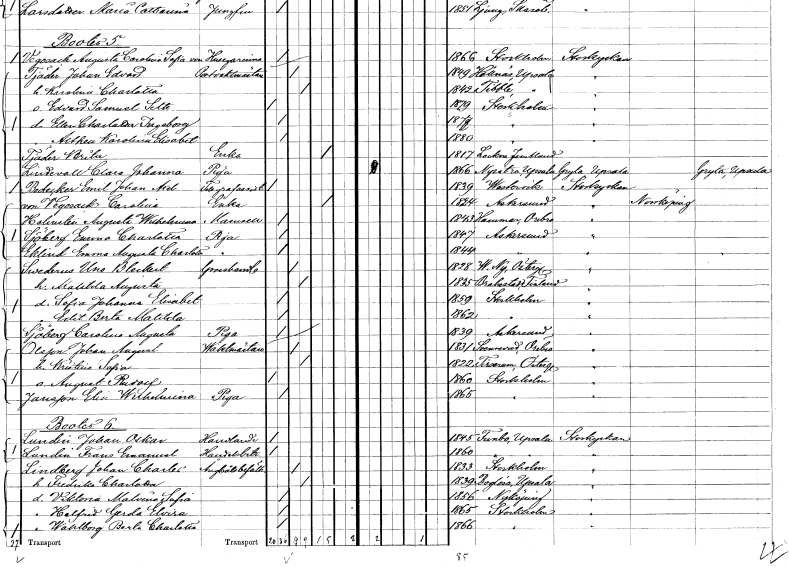
gt_parse: households: individuals: FN: Althea Karolina Elisabet
KON: K
CIV: O
FODAR: 1880
FODFORS: Stockholm
FN: Brita
EN: Tjäder
YRKE: Änka
KON: K
CIV: E
FODAR: 1817
FODFORS: Lockne Jämtlands län
FN: Clara Johanna
EN: Lindevall
YRKE: Piga
KON: K
CIV: O
FODAR: 1866
FODFORS: Nysätra Uppsala län
FN: Emil Johan Axel
EN: Bodecker
YRKE: Telegrafassistent
KON: M
CIV: O
FODAR: 1839
FODFORS: Västervik Kalmar län
FN: Carolina
EN: von Vegesack
YRKE: Änka
KON: K
CIV: E
FODAR: 1824
FODFORS: Askersund Örebro län
FN: Augusta Wilhelmina
EN: Holmsten
KON: K
CIV: O
FODAR: 1843
FODFORS: Hammar Örebro län
FN: Emma Charlotta
EN: Sjöberg
YRKE: Piga
KON: K
CIV: O
FODAR: 1847
FODFORS: Askersund Örebro län
FN: Emma Augusta Charlotta
EN: Eklind
YRKE: Piga
KON: K
CIV: O
FODAR: 1844
FODFORS: Askersund Örebro län
FN: Uno Bleckert
EN: Swederus
YRKE: Grosshandlare
KON: M
CIV: G
FODAR: 1828
FODFORS: Västra Ny Östergötlands län
FN: Matilda Augusta
KON: K
CIV: G
FODAR: 1835
FN: Sofia Johanna Elisabet
KON: K
CIV: O
FODAR: 1859
FODFORS: Stockholm
FN: Edit Berta Matilda
KON: K
CIV: O
FODAR: 1862
FODFORS: Stockholm
FN: Carolina Augusta
EN: Sjöberg
YRKE: Piga
KON: K
CIV: O
FODAR: 1839
FODFORS: Askersund Örebro län
FN: Johan August
EN: Olsson
YRKE: Vaktmästare
KON: M
CIV: G
FODAR: 1831
FODFORS: Svennevad Örebro län
FN: Kristina Sofia
KON: K
CIV: G
FODAR: 1822
FODFORS: Tirserum Östergötlands län
FN: August Rudolf
KON: M
CIV: O
FODAR: 1860
FODFORS: Stockholm
FN: Elin Wilhelmina
EN: Jansson
YRKE: Piga
KON: K
CIV: O
FODAR: 1865
FODFORS: Stockholm
FN: Johan Oskar
EN: Lundin
YRKE: Handlande
KON: M
CIV: O
FODAR: 1845
FODFORS: Funbo Uppsala län
FN: Frans Emanuel
EN: Lundin
YRKE: Handelsbiträde
KON: M
CIV: O
FODAR: 1860
FODFORS: Funbo Uppsala län
FN: Johan Charles
EN: Lindberg
YRKE: Ångbåtsbefälhavare
KON: M
CIV: G
FODAR: 1833
FODFORS: Stockholm
FN: Fredrika Charlotta
KON: K
CIV: G
FODAR: 1839
FODFORS: Boglösa Uppsala län
FN: Viktoria Malvina Sofia
KON: K
CIV: O
FODAR: 1856
FODFORS: Nyköping Södermanlands län
FN: Helfrid Gerda Elvira
KON: K
CIV: O
FODAR: 1865
FODFORS: Stockholm
FN: Wahlborg Berta Charlotta
KON: K
CIV: O
FODAR: 1866
FODFORS: Stockholm